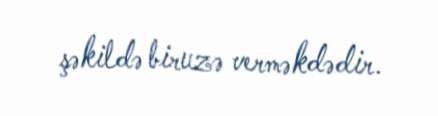
şəkildə biruzə verməkdədir.